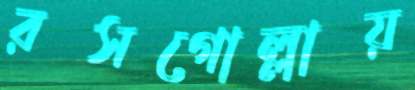
রসগোল্লায়